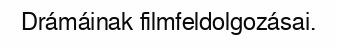
Drámáinak filmfeldolgozásai.